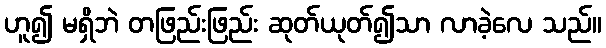
ဟူ၍ မရှိဘဲ တဖြည်းဖြည်း ဆုတ်ယုတ်၍သာ လာခဲ့လေ သည်။